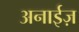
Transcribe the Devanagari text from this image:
अनाईज़